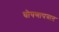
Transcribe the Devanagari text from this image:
घोषणापत्रात